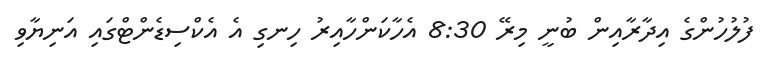
ފުލުހުންގެ އިދާރާއިން ބުނީ މިރޭ 8:30 އެހާކަންހާއިރު ހިނގި އެ އެކްސިޑެންޓްގައި އަނިޔާވި